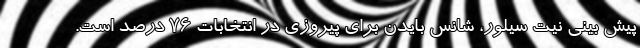
پیش بینی نیت سیلور، شانس بایدن برای پیروزی در انتخابات 76 درصد است.